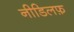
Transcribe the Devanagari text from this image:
नीडिलफ़